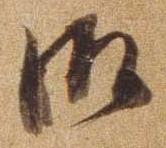
御